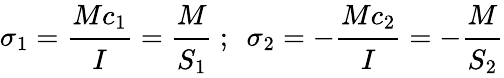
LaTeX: \sigma_{1}={\cfrac{Mc_{1}}{I}}={\cfrac{M}{S_{1}}}~;~~\sigma_{2}=-{\cfrac{Mc_{2}}{I}}=-{\cfrac{M}{S_{2}}}